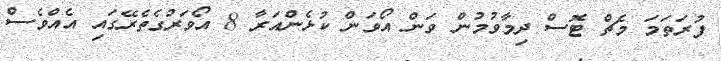
ފުރަތަމަ މެޗް ޓޮސް ދިމާވުމުން ވަން އޯވަން ކުޅެންއަރާ 8 އޯވަރުގެތެރޭގައި އެއްވެސް